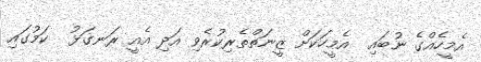
އެމީހެއްގެ ނުބައި  އެމީހަކަށް ޒީނަތްތެރިކުރެވި އަދި އެއީ ރަނގަޅު  ކަމުގައި